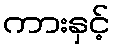
ကားနှင့်